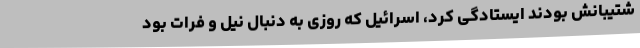
شتیبانش بودند ایستادگی کرد، اسرائیل که روزی به‌ دنبال نیل و فرات بود